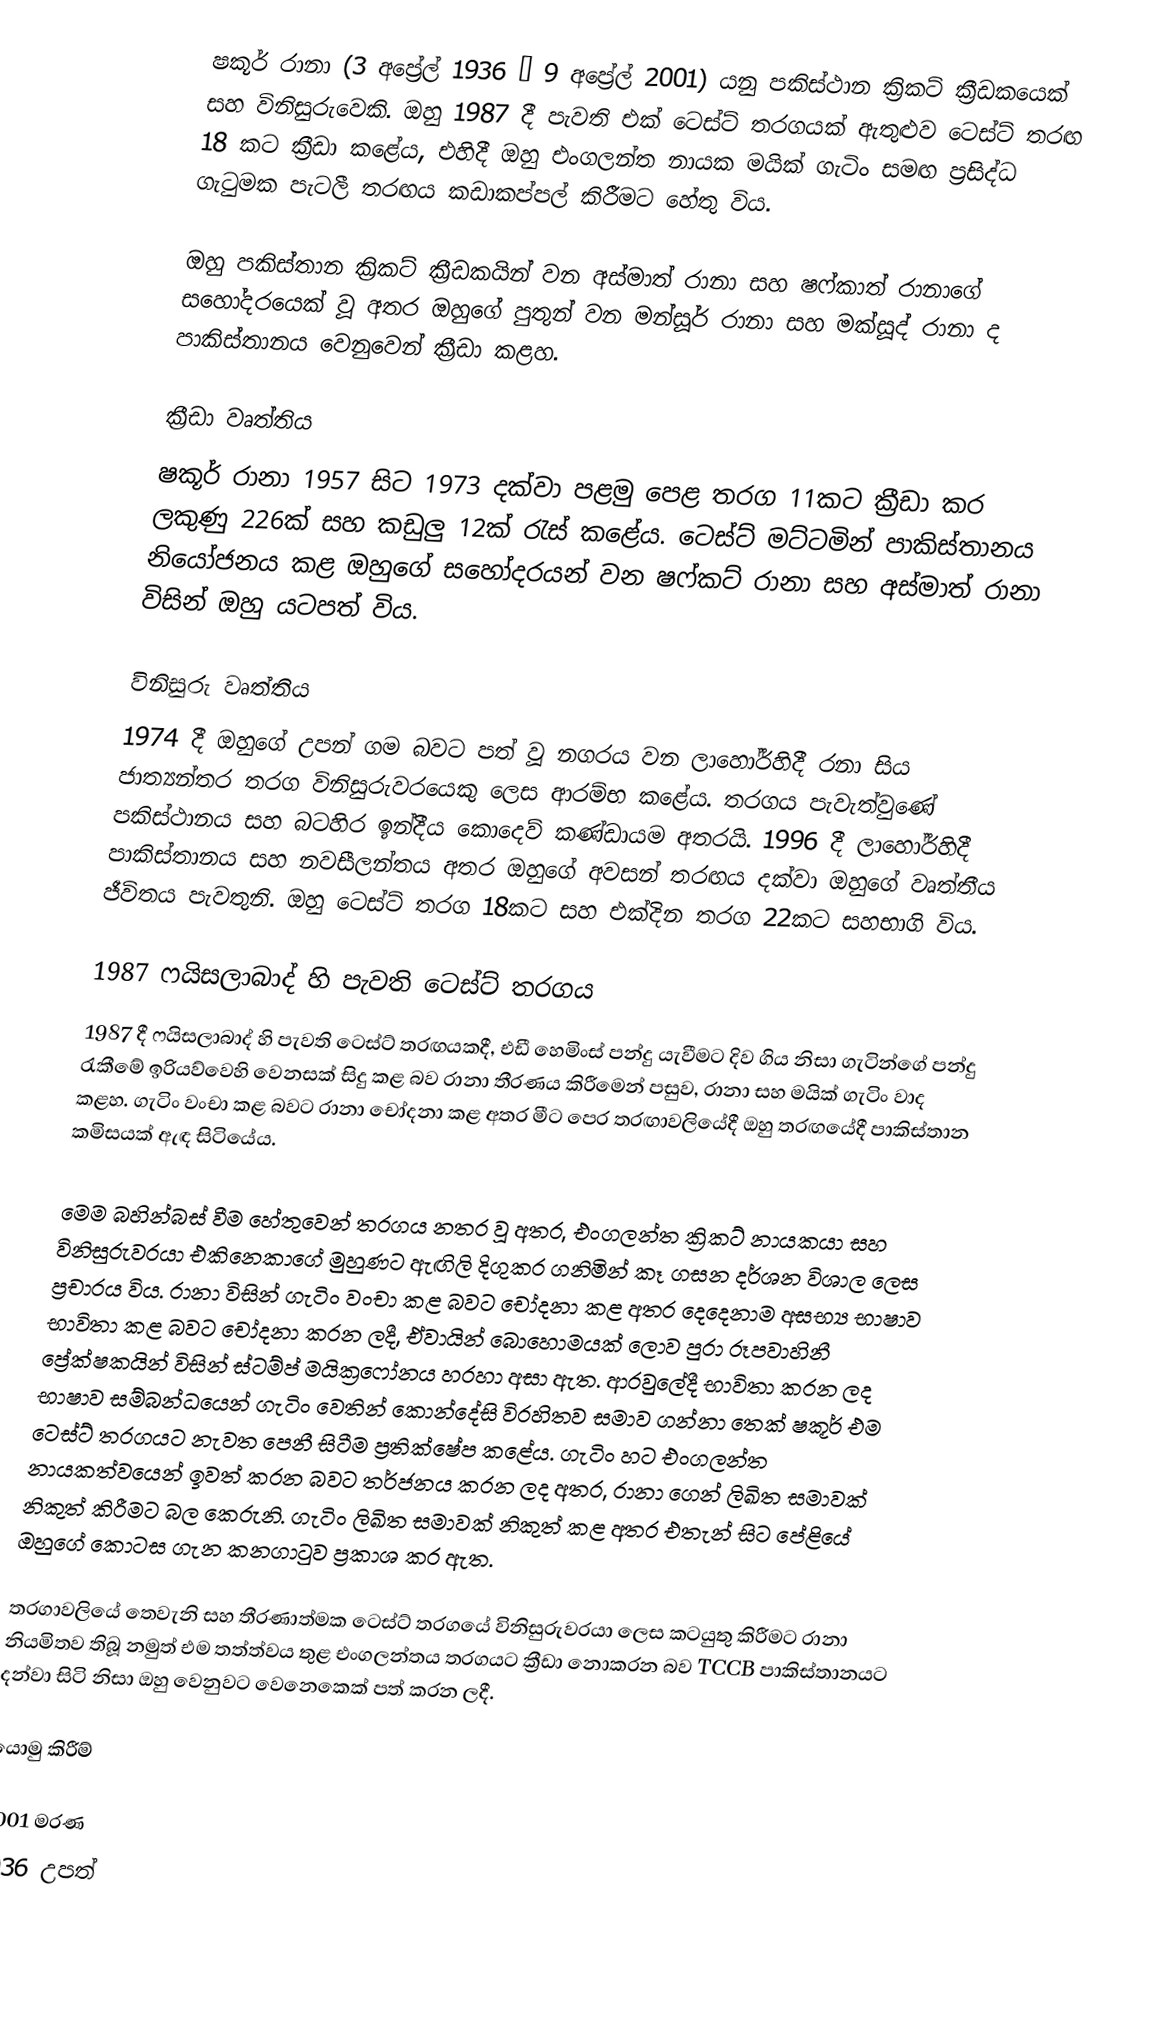
ෂකූර් රානා (3 අප්‍රේල් 1936 – 9 අප්‍රේල් 2001) යනු පකිස්ථාන ක්‍රිකට් ක්‍රීඩකයෙක් සහ විනිසුරුවෙකි. ඔහු 1987 දී පැවති එක් ටෙස්ට් තරගයක් ඇතුළුව ටෙස්ට් තරඟ 18 කට ක්‍රීඩා කළේය, එහිදී ඔහු එංගලන්ත නායක මයික් ගැටිං සමඟ ප්‍රසිද්ධ ගැටුමක පැටලී තරඟය කඩාකප්පල් කිරීමට හේතු විය.

ඔහු පකිස්තාන ක්‍රිකට් ක්‍රීඩකයින් වන අස්මාත් රානා සහ ෂෆ්කාත් රානාගේ සහෝදරයෙක් වූ අතර ඔහුගේ පුතුන් වන මන්සූර් රානා සහ මක්සූද් රානා ද පාකිස්තානය වෙනුවෙන් ක්‍රීඩා කළහ.

ක්‍රීඩා වෘත්තිය
ෂකූර් රානා 1957 සිට 1973 දක්වා පළමු පෙළ තරග 11කට ක්‍රීඩා කර ලකුණු 226ක් සහ කඩුලු 12ක් රැස් කළේය. ටෙස්ට් මට්ටමින් පාකිස්තානය නියෝජනය කළ ඔහුගේ සහෝදරයන් වන ෂෆ්කට් රානා සහ අස්මාත් රානා විසින් ඔහු යටපත් විය.

විනිසුරු වෘත්තිය
1974 දී ඔහුගේ උපන් ගම බවට පත් වූ නගරය වන ලාහෝර්හිදී රනා සිය ජාත්‍යන්තර තරග විනිසුරුවරයෙකු ලෙස ආරම්භ කළේය. තරගය පැවැත්වුණේ පකිස්ථානය සහ බටහිර ඉන්දීය කොදෙව් කණ්ඩායම අතරයි. 1996 දී ලාහෝර්හිදී පාකිස්තානය සහ නවසීලන්තය අතර ඔහුගේ අවසන් තරඟය දක්වා ඔහුගේ වෘත්තීය ජීවිතය පැවතුනි. ඔහු ටෙස්ට් තරග 18කට සහ එක්දින තරග 22කට සහභාගි විය.

1987 ෆයිසලාබාද් හි පැවති ටෙස්ට් තරගය
1987 දී ෆයිසලාබාද් හි පැවති ටෙස්ට් තරඟයකදී, එඩී හෙමිංස් පන්දු යැවීමට දිව ගිය නිසා ගැටින්ගේ පන්දු රැකීමේ ඉරියව්වෙහි වෙනසක් සිදු කළ බව රානා තීරණය කිරීමෙන් පසුව, රානා සහ මයික් ගැටිං වාද කළහ. ගැටිං වංචා කළ බවට රානා චෝදනා කළ අතර මීට පෙර තරඟාවලියේදී ඔහු තරඟයේදී පාකිස්තාන කමිසයක් ඇඳ සිටියේය.

මෙම බහින්බස් වීම හේතුවෙන් තරගය නතර වූ අතර, එංගලන්ත ක්‍රිකට් නායකයා සහ විනිසුරුවරයා එකිනෙකාගේ මුහුණට ඇඟිලි දිගුකර ගනිමින් කෑ ගසන දර්ශන විශාල ලෙස ප්‍රචාරය විය. රානා විසින් ගැටිං වංචා කළ බවට චෝදනා කළ අතර දෙදෙනාම අසභ්‍ය භාෂාව භාවිතා කළ බවට චෝදනා කරන ලදී, ඒවායින් බොහොමයක් ලොව පුරා රූපවාහිනී ප්‍රේක්ෂකයින් විසින් ස්ටම්ප් මයික්‍රෆෝනය හරහා අසා ඇත. ආරවුලේදී භාවිතා කරන ලද භාෂාව සම්බන්ධයෙන් ගැටිං වෙතින් කොන්දේසි විරහිතව සමාව ගන්නා තෙක් ෂකූර් එම ටෙස්ට් තරගයට නැවත පෙනී සිටීම ප්‍රතික්ෂේප කළේය. ගැටිං හට එංගලන්ත නායකත්වයෙන් ඉවත් කරන බවට තර්ජනය කරන ලද අතර, රානා ගෙන් ලිඛිත සමාවක් නිකුත් කිරීමට බල කෙරුනි. ගැටිං ලිඛිත සමාවක් නිකුත් කළ අතර එතැන් සිට පේළියේ ඔහුගේ කොටස ගැන කනගාටුව ප්‍රකාශ කර ඇත.

තරගාවලියේ තෙවැනි සහ තීරණාත්මක ටෙස්ට් තරගයේ විනිසුරුවරයා ලෙස කටයුතු කිරීමට රානා නියමිතව තිබූ නමුත් එම තත්ත්වය තුළ එංගලන්තය තරගයට ක්‍රීඩා නොකරන බව TCCB පාකිස්තානයට දන්වා සිටි නිසා ඔහු වෙනුවට වෙනෙකෙක් පත් කරන ලදී.

යොමු කිරීම්

2001 මරණ
1936 උපත්